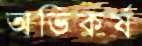
অভিকর্ষ